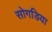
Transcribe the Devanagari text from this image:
सोगडिया